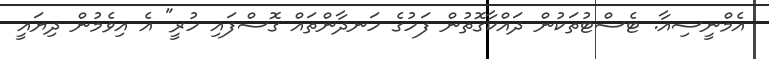
އެމްނީސިއާ. ޓެސްޓުތަކުން ދައްކާގޮތުން ފަހުގެ ހަނދާންތައް ގޮސްފައި ހުރީ" އެ އިވެމުން ދިޔައީ